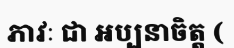
ភាវៈ ជា អប្បនាចិត្ត (